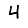
Digit: 4